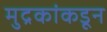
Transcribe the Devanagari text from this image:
मुद्रकांकडून